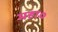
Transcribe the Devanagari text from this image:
महा०